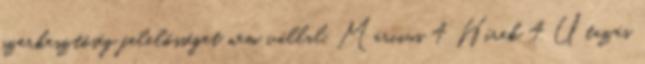
szerkesztőség felelősséget nem vállal. Március 4 Hírek 4 Utazás